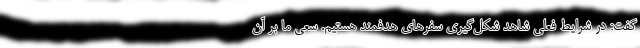
گفت: در شرایط فعلی شاهد شکل‌گیری سفرهای هدفمند هستیم. سعی ما بر آن